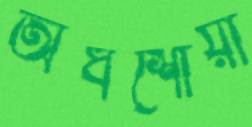
অর্ধশোয়া